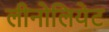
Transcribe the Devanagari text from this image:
लीनोलियेट